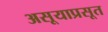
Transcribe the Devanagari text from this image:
असूयाप्रसूत